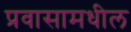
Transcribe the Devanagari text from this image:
प्रवासामधील